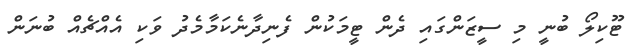
ޓޫކިލޯ ބުނީ މި ސީޒަންގައި ދެން ޓީމަކުން ފެނިދާނެކަމާމެދު ވަކި އެއްޗެއް ބުނަން